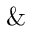
\&